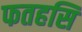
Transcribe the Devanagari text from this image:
फतहसि